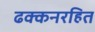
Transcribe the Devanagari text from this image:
ढक्कनरहित